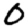
Digit: 0